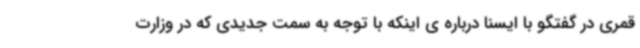
قمری در گفتگو با ایسنا درباره ی اینکه با توجه به سمت جدیدی که در وزارت